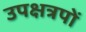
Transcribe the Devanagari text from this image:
उपक्षत्रपों